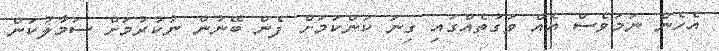
އެހެން ނަމަވެސް އެއް ވަގުތެއްގައި ގިނަ ކަންކަމަށް ފެން ބޭނުން ނުކުރުމަށް ސަމާލުކަން